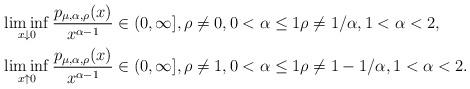
LaTeX: \begin{align*}&\liminf_{x\downarrow0}\frac{p_{\mu,\alpha,\rho}(x)}{x^{\alpha-1}}\in(0,\infty], \rho\neq0,0<\alpha \leq1 \rho\neq 1/\alpha, 1<\alpha <2, \\&\liminf_{x\uparrow0}\frac{p_{\mu,\alpha,\rho}(x)}{x^{\alpha-1}}\in(0,\infty],\rho\neq1, 0<\alpha \leq 1 \rho\neq 1-1/\alpha, 1<\alpha<2. \end{align*}